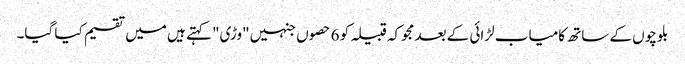
بلوچوں کے ساتھ کامیاب لڑائی کے بعد مجوکہ قبیلہ کو 6 حصوں جنہیں "وڑی" کہتے ہیں میں تقسیم کیا گیا۔